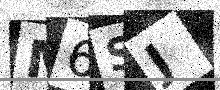
Text: M6SJ